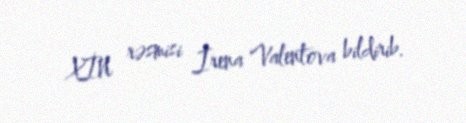
XİN rəsmisi İrena Valentova bildirib.